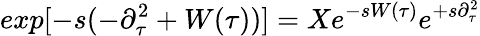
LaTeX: exp[-s(-\partial_{\tau}^{2}+W(\tau))]=Xe^{-sW(\tau)}e^{+s\partial_{\tau}^{2}}